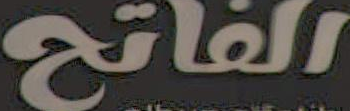
الفاتح